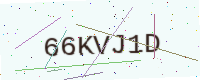
Text: 66KVJ1D